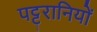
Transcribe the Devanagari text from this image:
पट्टरानियों